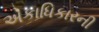
એકાધિકારની